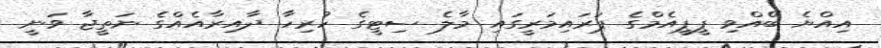
އިއްޔެ ބޭއްވި ޕީޕީއެމްގެ ޕަރައިމަރީގައި މާލެ ސިޓީގެ ހުރިހާ ދާއިރާއެއްގެ ނަތީޖާ ވަނީ